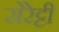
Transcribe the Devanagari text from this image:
सेरेट्टी